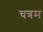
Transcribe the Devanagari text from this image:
चत्रम